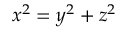
x ^ { 2 } = y ^ { 2 } + z ^ { 2 }